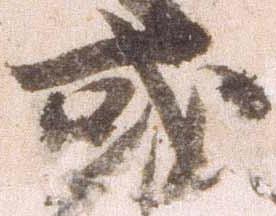
或